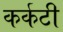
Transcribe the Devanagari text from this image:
कर्कटी